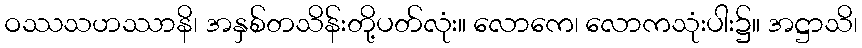
ဝဿသဟဿာနိ၊ အနှစ်တသိန်းတို့ပတ်လုံး။ လောကေ၊ လောကသုံးပါး၌။ အဋ္ဌာသိ၊